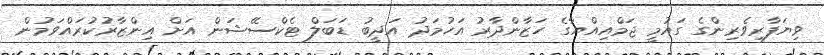
ވިޔަފާރިވެރިންގެ ގައުމީ ޖަމްއިއްޔާގެ ހަޒާންދާރު އަހުމަދު އަދީބު ޑަބަލް ޓެކްސޭޝަން އަށް އިންޒާރުކުރައްވަމުން